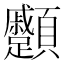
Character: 𩖑